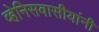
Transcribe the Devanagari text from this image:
व्हेनिसवासीयांनी